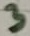
Text: 3